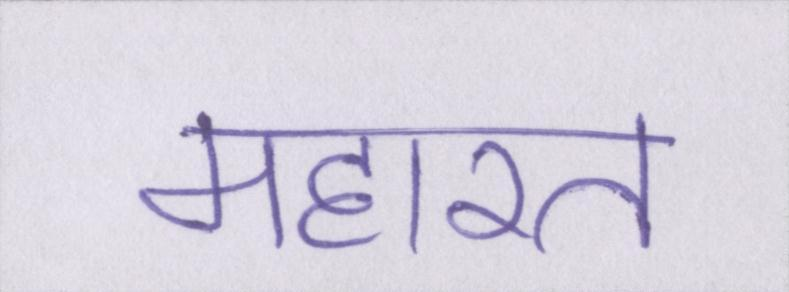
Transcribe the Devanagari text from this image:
महारत